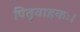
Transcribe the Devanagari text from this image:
पितृवाहकः।